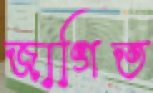
জাগিত